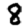
Digit: 8